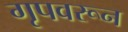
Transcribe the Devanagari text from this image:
गृपवरून